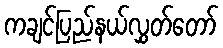
ကချင်ပြည်နယ်လွှတ်တော်